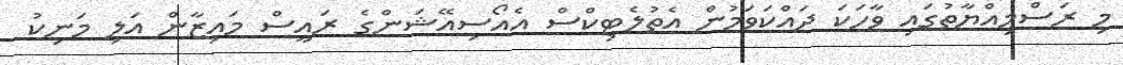
މި ރަސްމިއްޔާތުގައި ވާހަކަ ދައްކަވަމުން އެތުލެޓިކްސް އެއޯސިއޭޝަންގެ ރައީސް މައިޒާން އަލި މަނިކު